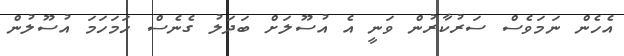
އެހެން ނަމަވެސް ސަރުކާރުން ވަނީ އެ އުސޫލަށް ބަދަލު ގެނެސް ހަމަހަމަ އުސޫލުން